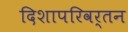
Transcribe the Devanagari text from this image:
दिशापरिवर्तन